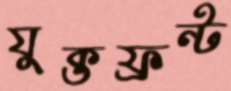
যুক্তফ্রন্ট